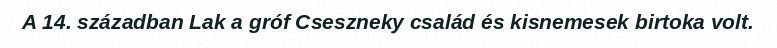
A 14. században Lak a gróf Cseszneky család és kisnemesek birtoka volt.